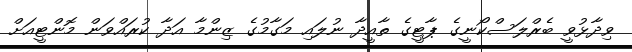
ވިދާޅުވީ ބެރްލަސްކޯނީގެ ޕާޓީގެ ތާއީދާ ނުލައި މަގާމުގެ ޒިންމާ އަދާ ކުރައްވަން މޮންޓީއަށް